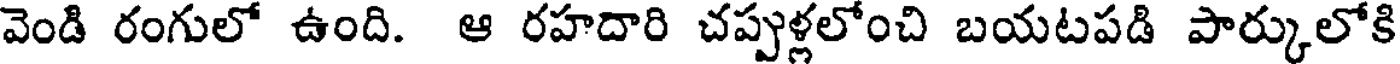
వెండి రంగులో ఉంది. ఆ రహదారి చప్పుళ్లలోంచి బయటపడి పార్కులోకి